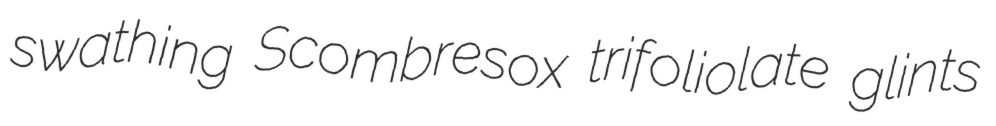
swathing Scombresox trifoliolate glints